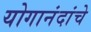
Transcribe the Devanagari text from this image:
योगानंदांचे